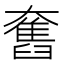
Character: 𡚒